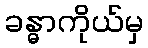
ခန္ဓာကိုယ်မှ